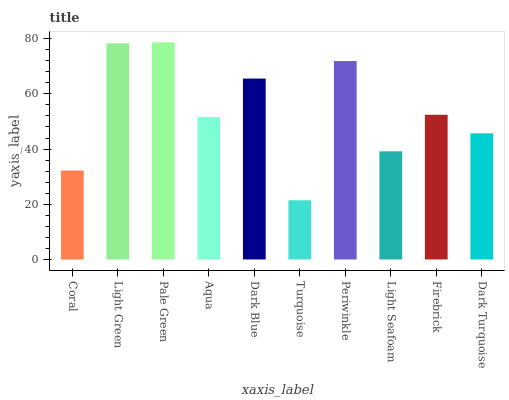
| xaxis_label | bars |
 | --- | --- |
 | Coral | 32.2 |
 | Light Green | 78.3 |
 | Pale Green | 78.7 |
 | Aqua | 51.6 |
 | Dark Blue | 65.5 |
 | Turquoise | 21.4 |
 | Periwinkle | 71.9 |
 | Light Seafoam | 39.2 |
 | Firebrick | 52.4 |
 | Dark Turquoise | 45.7 |